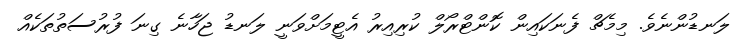
ލަނޑުންނެވެ. މިމެޗް ފެނަކައިން ކޮންޓްރޯލް ކުރިއިރު އެޓީމަށްވަނީ ލަނޑު ޖަހާނެ ގިނަ ފުރުސަތުތަކެއް